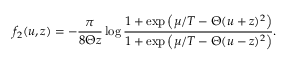
f _ { 2 } ( u , z ) = - \frac { \pi } { 8 \Theta z } \log \frac { 1 + \exp \left( { \mu } / { T } - \Theta ( u + z ) ^ { 2 } \right) } { 1 + \exp \left( { \mu } / { T } - \Theta ( u - z ) ^ { 2 } \right) } .